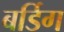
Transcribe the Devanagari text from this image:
बर्डिग